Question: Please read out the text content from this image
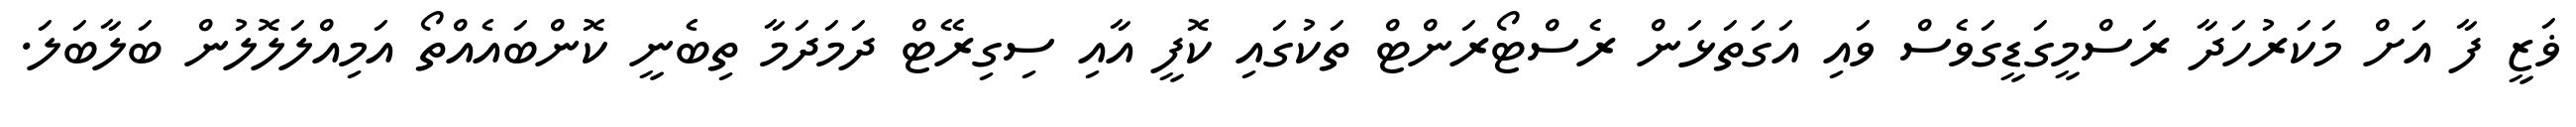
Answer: ޥަޒީ ފާ އަށް މަކަރުހަދާ ރަސްމީގަޑީގަވެސް ވައި އަގަތަޅަން ރެސްޓޯރަންޓް ތަކުގައި ކޮފީ އާއި ސިގިރޭޓް ދަމަދަމާ ތިބެނީ ކޮންބައެއްތޯ އަމިއްލަލޮލުން ބަލާބަލަ.